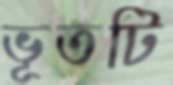
ভূতটি